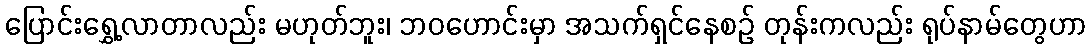
ပြောင်းရွှေ့လာတာလည်း မဟုတ်ဘူး၊ ဘဝဟောင်းမှာ အသက်ရှင်နေစဉ် တုန်းကလည်း ရုပ်နာမ်တွေဟာ